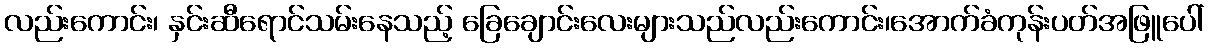
လည်းကောင်း၊ နှင်းဆီရောင်သမ်းနေသည့် ခြေချောင်းလေးများသည်လည်းကောင်း၊အောက်ခံကုန်းပတ်အဖြူပေါ်